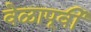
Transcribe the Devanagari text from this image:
वेळापूर्वी